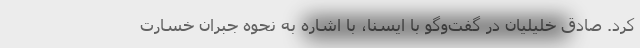
کرد. صادق خلیلیان در گفت‌وگو با ایسنا، با اشاره به نحوه جبران خسارت